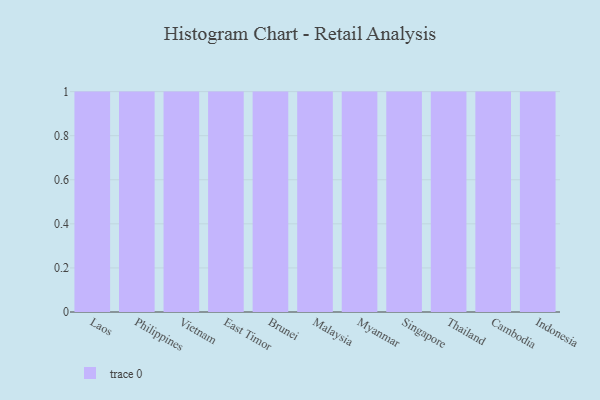
{"axis": {"x": "Country", "y": "Satisfaction Score"}, "legend": [""], "data": [{"x": "Laos", "y": 81, "type": ""}, {"x": "Philippines", "y": 57, "type": ""}, {"x": "Vietnam", "y": 82, "type": ""}, {"x": "East Timor", "y": 54, "type": ""}, {"x": "Brunei", "y": 57, "type": ""}, {"x": "Malaysia", "y": 57, "type": ""}, {"x": "Myanmar", "y": 17, "type": ""}, {"x": "Singapore", "y": 15, "type": ""}, {"x": "Thailand", "y": 7, "type": ""}, {"x": "Cambodia", "y": 11, "type": ""}, {"x": "Indonesia", "y": 56, "type": ""}]}